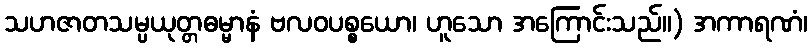
သဟဇာတသမ္ပယုတ္တဓမ္မာနံ ဗလဝပစ္စယော၊ ဟူသော အကြောင်းသည်။) အကာရဏံ၊